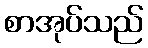
စာအုပ်သည်